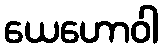
ယေဟောဝါ